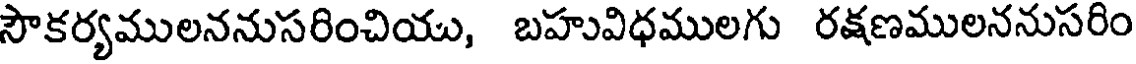
సౌకర్యములననుసరించియు, బహువిధములగు రక్షణములననుసరిం